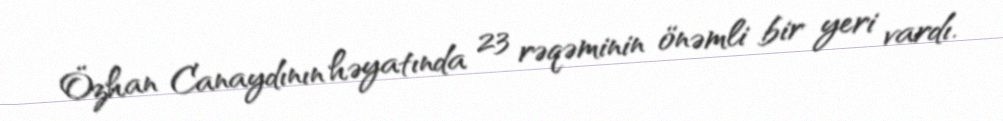
Özhan Canaydının həyatında 23 rəqəminin önəmli bir yeri vardı.